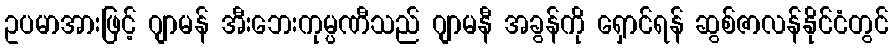
ဥပမာအားဖြင့် ဂျာမန် အီးဘေးကုမ္ပဏီသည် ဂျာမနီ အခွန်ကို ရှောင်ရန် ဆွစ်ဇာလန်နိုင်ငံတွင်